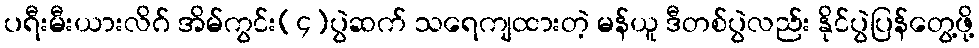
ပရီးမီးယားလိဂ် အိမ်ကွင်း(၄)ပွဲဆက် သရေကျထားတဲ့ မန်ယူ ဒီတစ်ပွဲလည်း နိုင်ပွဲပြန်တွေ့ဖို့